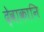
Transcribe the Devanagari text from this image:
देवाकानि